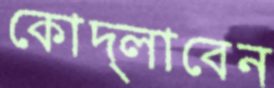
কোদ্‌লাবেন